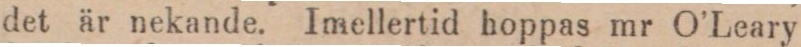
det är nekande. Imellertid hoppas mr O’Leary